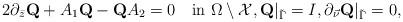
LaTeX: \begin{align*}2\partial_{\bar z}\mbox{\bf Q}+A_1\mbox{\bf Q}-\mbox{\bf Q}A_2=0\quad\mbox{in}\,\,\Omega\setminus \mathcal X, \mbox{\bf Q}\vert_{\tilde\Gamma}=I,\partial_{\vec\nu}\mbox{\bf Q}\vert_{\tilde\Gamma}=0,\end{align*}